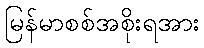
မြန်မာစစ်အစိုးရအား